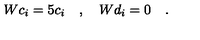
W c _ { i } = 5 c _ { i } \quad , \quad W d _ { i } = 0 \quad .